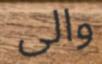
والى